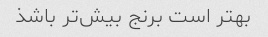
بهتر است برنج بیش‌تر باشذ